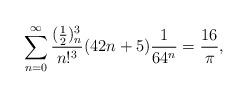
LaTeX: \begin{align*} \sum_{n=0}^{\infty} \frac{(\frac{1}{2})_{n}^3}{n!^3} (42n+5) \frac{1}{64^n} = \frac{16}{\pi},\end{align*}